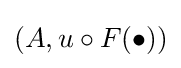
(A,u\circ F(\bullet ))